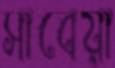
সাবেয়া